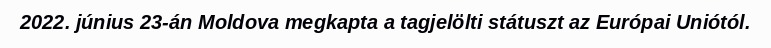
2022. június 23-án Moldova megkapta a tagjelölti státuszt az Európai Uniótól.